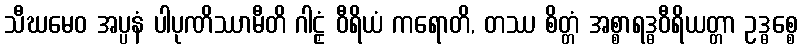
သီဃမေဝ အပ္ပနံ ပါပုဏိဿာမီတိ ဂါဠှံ ဝီရိယံ ကရောတိ, တဿ စိတ္တံ အစ္စာရဒ္ဓဝီရိယတ္တာ ဥဒ္ဓစ္စေ